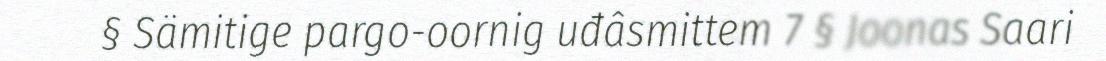
§ Sämitige pargo-oornig uđâsmittem 7 § Joonas Saari